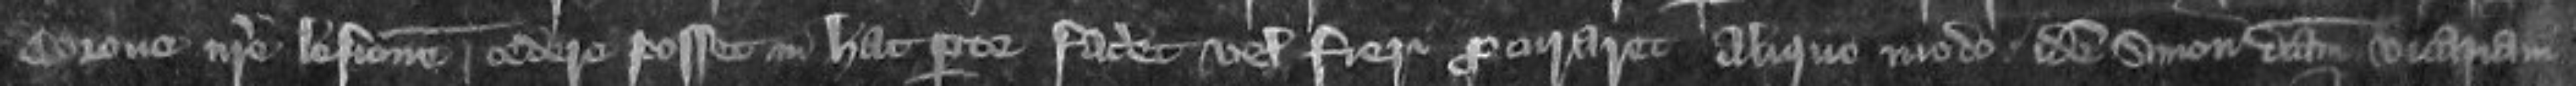
Corone nostre lesionem cedere posset in hac parte faceret vel fieri procuraret aliquot modo idem Simon dictam vicariam